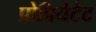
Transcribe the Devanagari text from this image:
प्रोप्रियेटेट